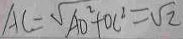
A C = \sqrt { A O ^ { 2 } + O C ^ { 2 } } = \sqrt { 2 }